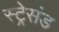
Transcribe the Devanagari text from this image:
स्ट्रेसंड